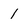
Character: I